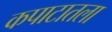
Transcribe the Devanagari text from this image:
कपाटातला